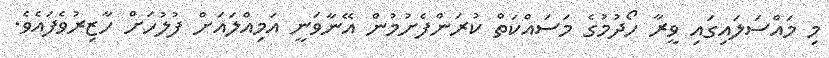
މި މައްސަލައިގައި ވީރާ ހޯދުމުގެ މަސައްކަތް ކުރަންފެށުމުން އޭނާވަނީ އަމިއްލައަށް ފުލުހަށް ހާޒިރުވެފައެވެ.